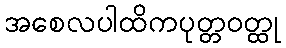
အစေလပါထိကပုတ္တဝတ္ထု